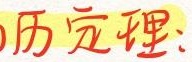
历定理：